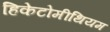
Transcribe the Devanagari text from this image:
हिकेटोमीथियम